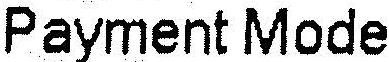
PAYMENT MODE